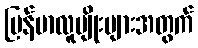
မြန်မာလူမျိုးများအတွက်